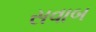
સવાબ